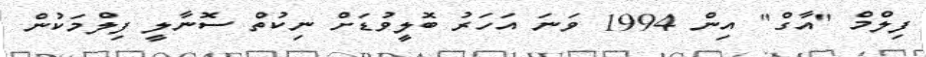
ފިލްމް "އާގް" އިން 1994 ވަނަ އަހަރު ބޮލީވުޑަށް ނިކުތް ސޮނާލީ ފިލްމަކުން